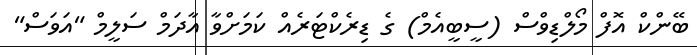
ބޭންކް އޮފް މޯލްޑިވްސް (ސީބީއެމް) ގެ ޑިރެކްޓަރެއް ކަމަށްވާ އާދަމް ސަލީމް "އަވަސް"